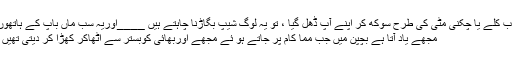
اب کِلے یا چکنی مٹی کی طرح سوکھ کر اپنے آپ ڈھل گیا ، تو یہ لوگ شیپ بگاڑنا چاہتے ہیں ____اوریہ سب ماں باپ کے ہاتھوں
مجھے یاد آتا ہے بچپن میں جب مما کام پر جاتے ہو ئے مجھے اوربھائی کوبستر سے اٹھاکر کھڑا کر دیتی تھیں ۔